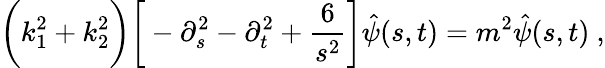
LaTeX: \bigg(k_{1}^{2}+k_{2}^{2}\bigg)\bigg[-\partial_{s}^{2}-\partial_{t}^{2}+\frac{6}{s^{2}}\bigg]\hat{\psi}(s,t)=m^{2}\hat{\psi}(s,t)~,